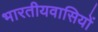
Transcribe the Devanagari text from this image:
भारतीयवासियों